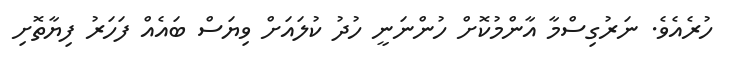
ހުރެއެވެ. ނަރުގިސްމާ އާންމުކޮށް ހުންނަނީ ހުދު ކުލައަށް ވިޔަސް ބައެއް ފަހަރު ފިޔާތޮށި